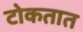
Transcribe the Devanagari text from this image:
टोकतात